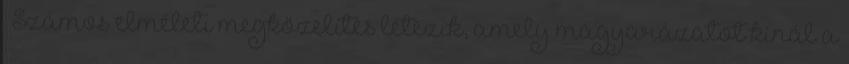
. Számos elméleti megközelítés létezik, amely magyarázatot kínál a